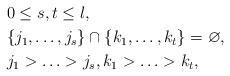
LaTeX: \begin{align*}&0\le s,t\le l,\\&\{j_1,\ldots,j_s\}\cap\{ k_1,\ldots,k_t\}=\varnothing,\\&j_1>\ldots>j_s,k_1>\ldots>k_t,\end{align*}